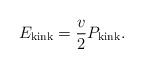
LaTeX: \begin{align*}E_{\rm kink} = \frac v2 P_{\rm kink}.\end{align*}